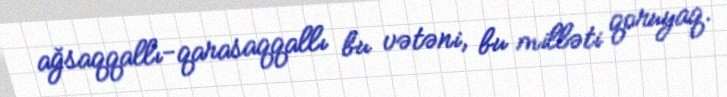
ağsaqqallı-qarasaqqallı bu vətəni, bu milləti qoruyaq.